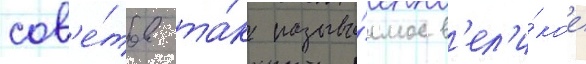
сов'е́тов та́к называ́емое в'ел'и́кое